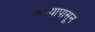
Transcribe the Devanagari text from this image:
लेण्यापासून